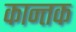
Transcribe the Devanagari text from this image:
कान्तक